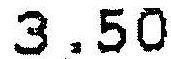
3.50